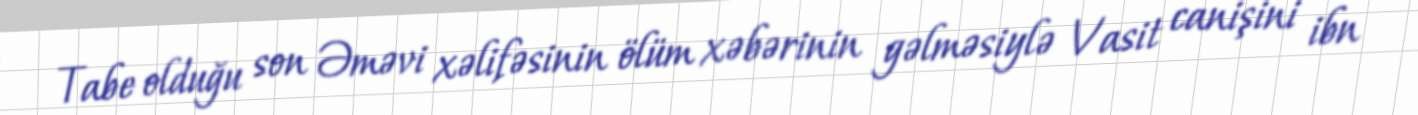
Tabe olduğu son Əməvi xəlifəsinin ölüm xəbərinin gəlməsiylə Vasit canişini ibn